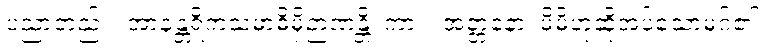
ပညာတည်း။ အာနန္တရိကသမာဓိမှိဉာဏန္တိ၊ ကား။ အတ္တနော၊ မိမိဟုဆိုအပ်သောမဂ်၏။